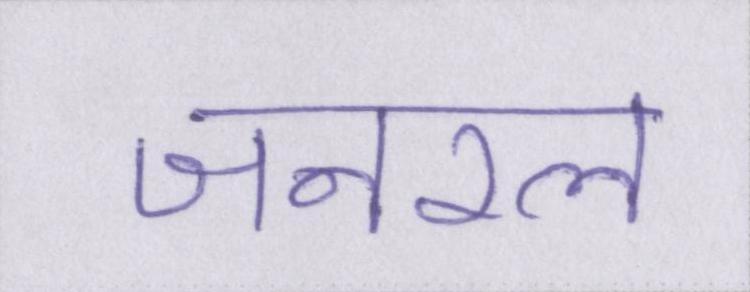
जनरल